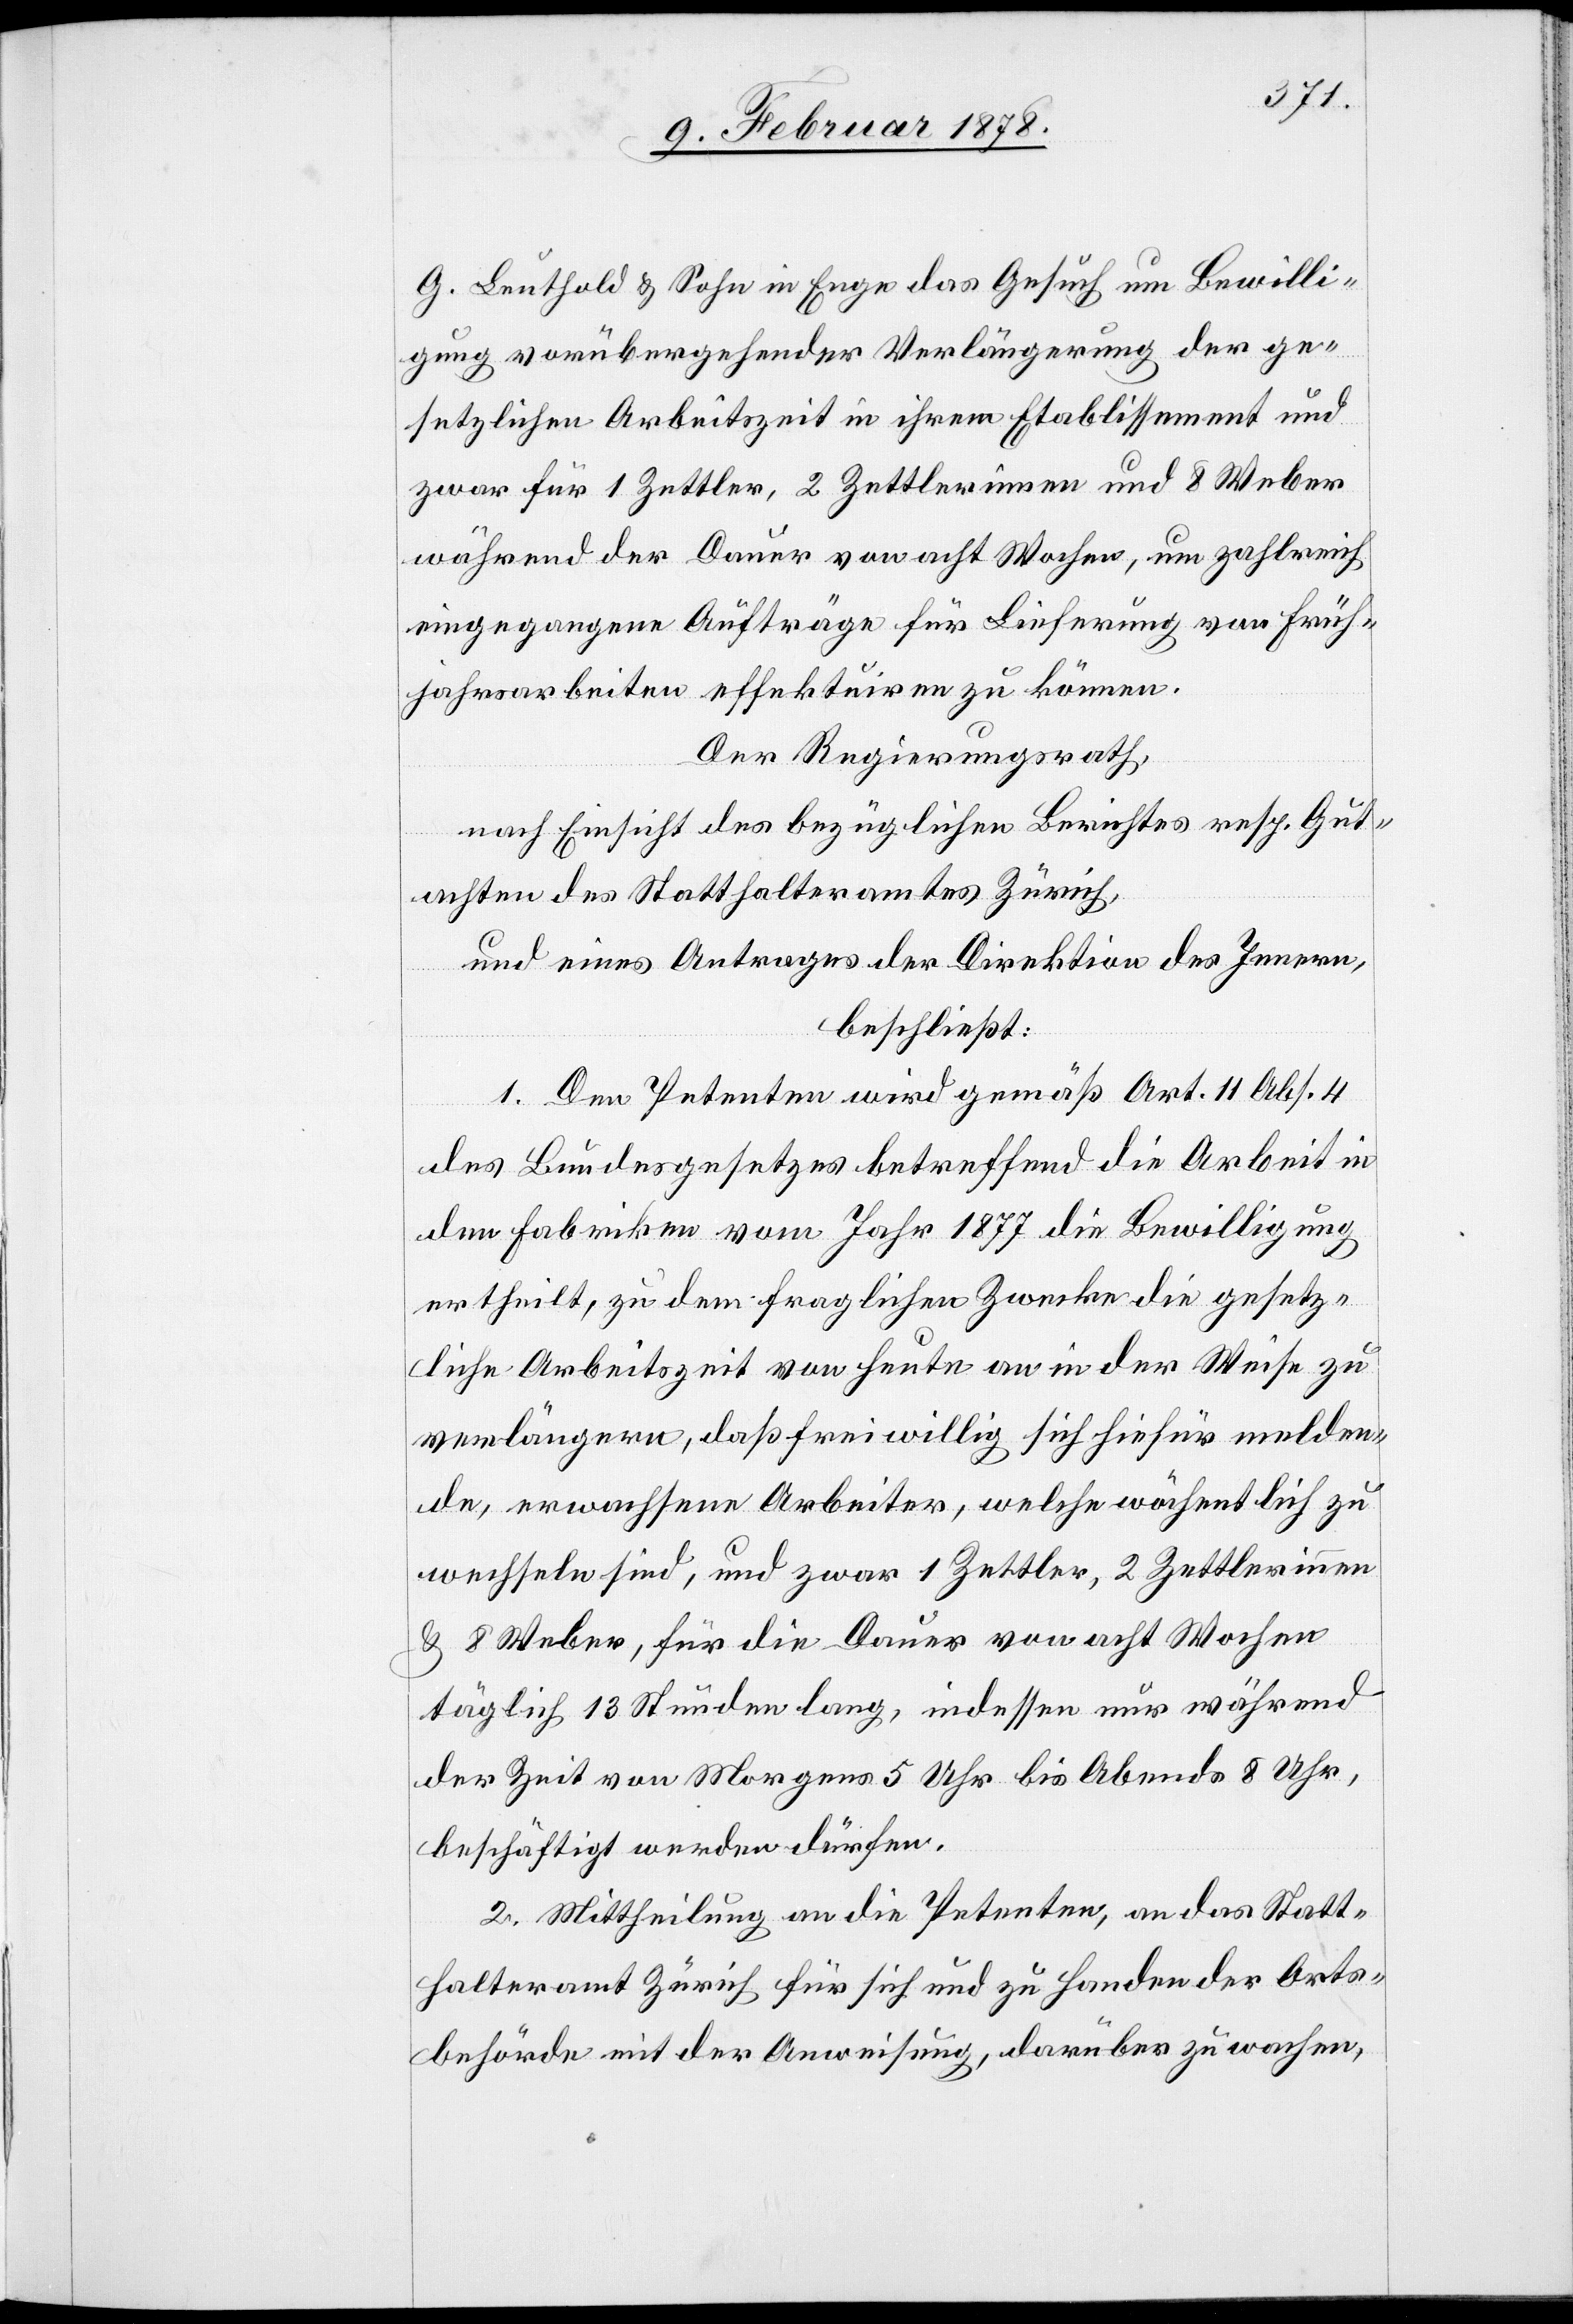
G. Leuthold & Sohn in Enge das Gesuch um Bewilli¬
gung vorübergehender Verlängerung der ge¬
setzlichen Arbeitszeit in ihrem Etablissement und
zwar für 1 Zettler, 2 Zettlerinnen und 8 Weber
während der Dauer von acht Wochen, um zahlreich
eingegangene Aufträge für Lieferung von Früh¬
jahresarbeiten effektuiren zu können.
Der Regierungsrath,
nach Einsicht des bezüglichen Berichtes resp. Gut¬
achten des Statthalteramtes Zürich,
und eines Antrages der Direktion des Innern,
beschließt:
1. Dem Petenten wird gemäß Art. 11 Abs. 4
des Bundesgesetzes betreffend die Arbeit in
den Fabriken vom Jahr 1877 die Bewilligung
ertheilt, zu dem fraglichen Zwecke die gesetz¬
liche Arbeitszeit von heute an in der Weise zu
verlängern, daß freiwillig sich hiefür melden¬
de, erwachsene Arbeiter, welche wöchentlich zu
wechseln sind, und zwar 1 Zettler, 2 Zettlerinnen
& 8 Weber, für die Dauer von acht Wochen
täglich 13 Stunden lang, indessen nur während
der Zeit von Morgens 5 Uhr bis Abends 8 Uhr
beschäftigt werden dürfen.
2. Mittheilung an die Petenten, an das Statt¬
halteramt Zürich für sich und zu Handen der Orts¬
behörde mit der Anweisung, darüber zu wachen,